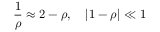
\frac 1 \rho \approx 2 - \rho , \quad \lvert 1 - \rho \rvert \ll 1